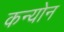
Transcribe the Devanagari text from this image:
कन्योन